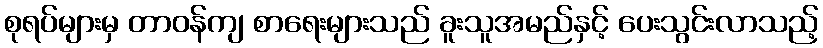
စုရပ်များမှ တာဝန်ကျ စာရေးများသည် ခူးသူအမည်နှင့် ပေးသွင်းလာသည့်